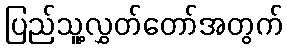
ပြည်သူ့လွှတ်တော်အတွက်